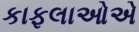
કાફલાઓએ